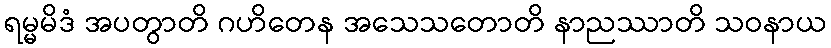
ရမ္မမိဒံ အပတွာတိ ဂဟိတေန အသေသတောတိ နာညဿာတိ သဝနာယ